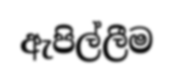
ඇපිල්ලීම